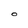
Character: O